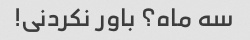
سه ماه؟ باور نکردنی!